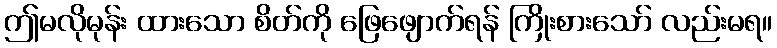
ဤမလိုမုန်း ထားသော စိတ်ကို ဖြေဖျောက်ရန် ကြိုးစားသော် လည်းမရ။